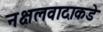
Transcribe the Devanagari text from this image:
नक्षलवादाकडे